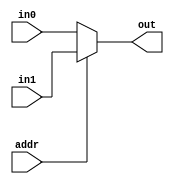
module MUX_2to1(out,in0,in1,addr);
  parameter n=1;            	 //n is the number of input/output 
  output[n-1:0] out;
  input[n-1:0] in0,in1;	     
  input addr;
	assign out=addr?in1:in0;     // if  addr=1out=in1, or out=in0
endmodule